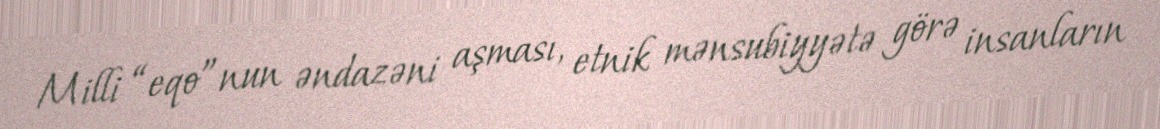
Milli “eqo”nun əndazəni aşması, etnik mənsubiyyətə görə insanların